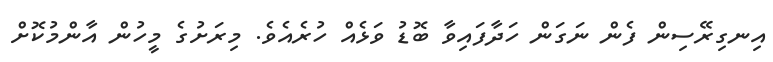
އިނގިރޭސިން ފެން ނަގަން ހަދާފައިވާ ބޮޑު ވަޅެއް ހުރެއެވެ. މިރަށުގެ މީހުން އާންމުކޮށް